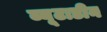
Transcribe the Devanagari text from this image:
ब्यूटाडीन